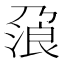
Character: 𰀯